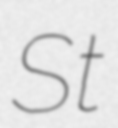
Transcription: St